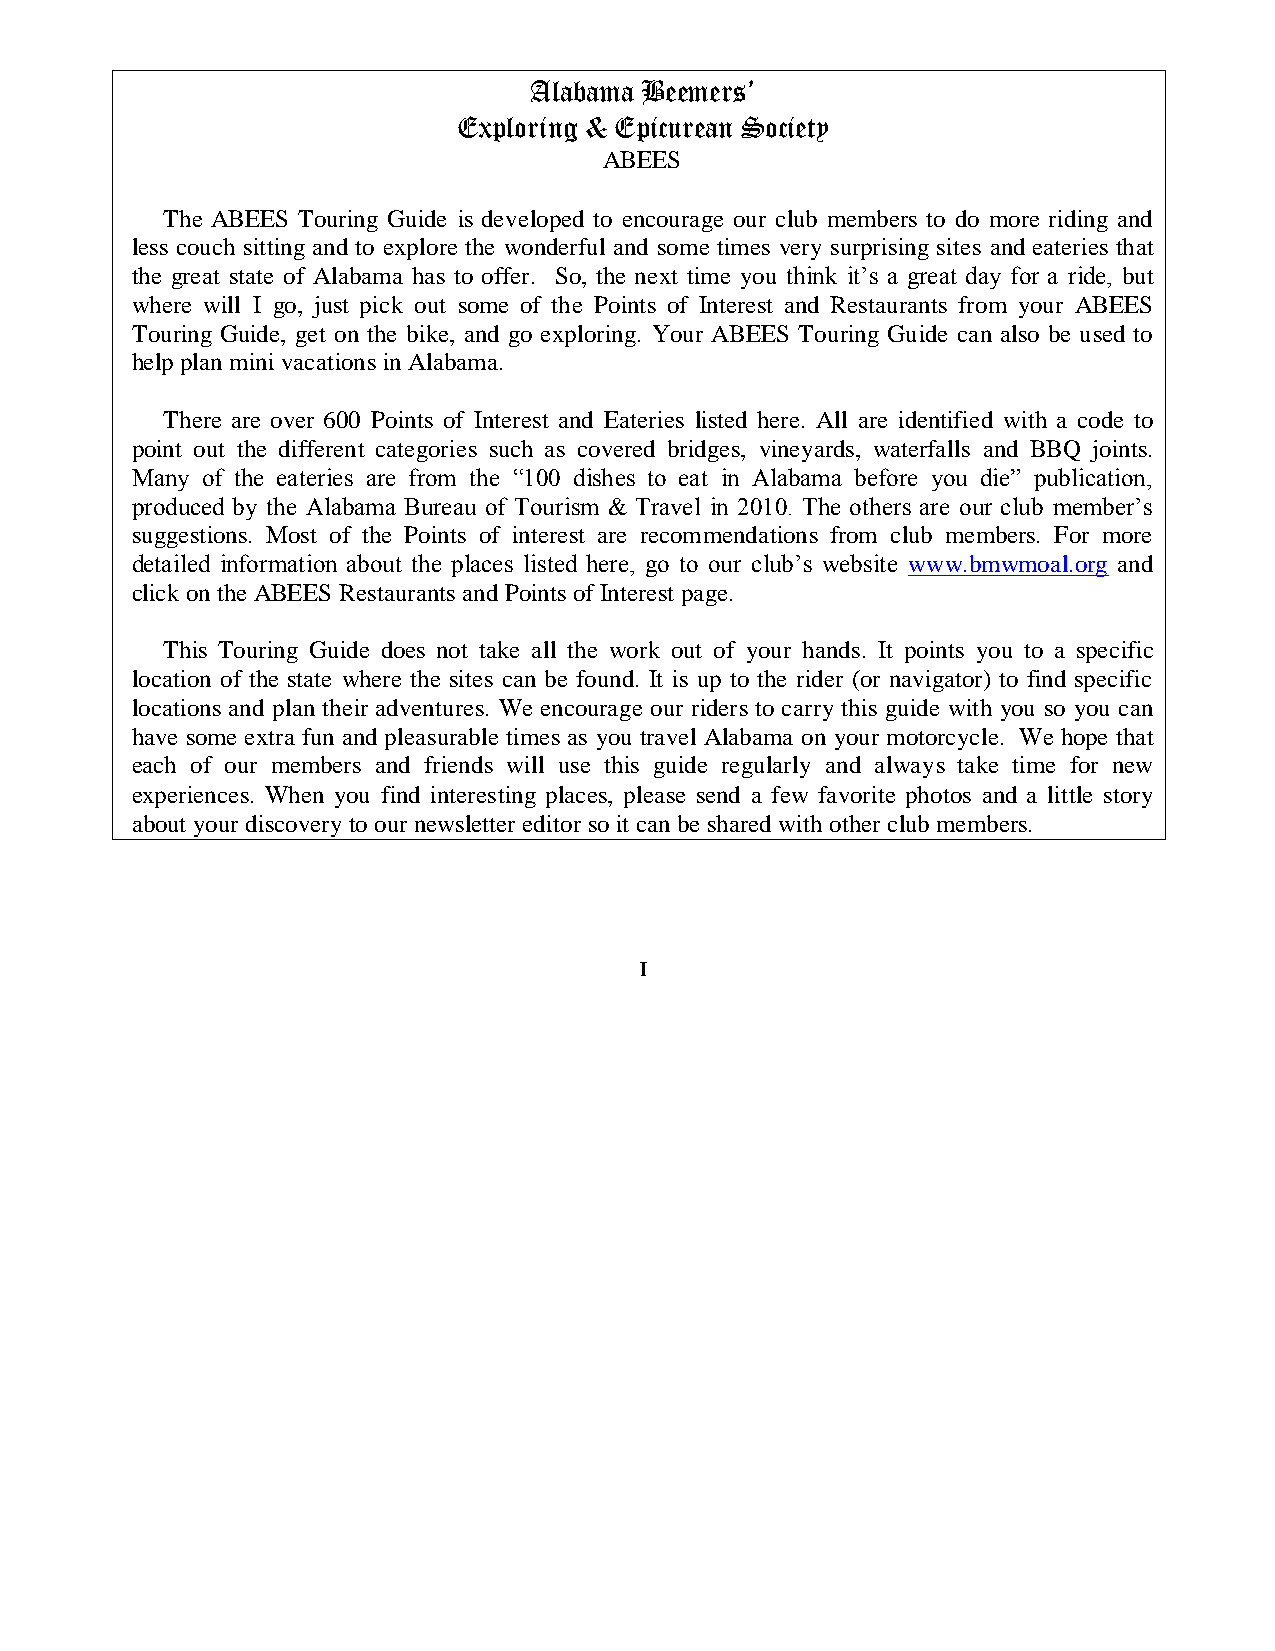
Alabama Beemers’
 Exploring & Epicurean Society
 ABEES
 The ABEES Touring Guide is developed to encourage our club members to do more riding and
 less couch sitting and to explore the wonderful and some times very surprising sites and eateries that
 the great state of Alabama has to offer. So, the next time you think it’s a great day for a ride, but
 where will I go, just pick out some of the Points of Interest and Restaurants from your ABEES
 Touring Guide, get on the bike, and go exploring. Your ABEES Touring Guide can also be used to
 help plan mini vacations in Alabama.
 There are over 600 Points of Interest and Eateries listed here. All are identified with a code to
 point out the different categories such as covered bridges, vineyards, waterfalls and BBQ joints.
 Many of the eateries are from the “100 dishes to eat in Alabama before you die” publication,
 produced by the Alabama Bureau of Tourism & Travel in 2010. The others are our club member’s
 suggestions. Most of the Points of interest are recommendations from club members. For more
 detailed information about the places listed here, go to our club’s website www.bmwmoal.org and
 click on the ABEES Restaurants and Points of Interest page.
 This Touring Guide does not take all the work out of your hands. It points you to a specific
 location of the state where the sites can be found. It is up to the rider (or navigator) to find specific
 locations and plan their adventures. We encourage our riders to carry this guide with you so you can
 have some extra fun and pleasurable times as you travel Alabama on your motorcycle. We hope that
 each of our members and friends will use this guide regularly and always take time for new
 experiences. When you find interesting places, please send a few favorite photos and a little story
 about your discovery to our newsletter editor so it can be shared with other club members.
 I